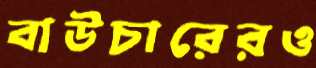
বাউচারেরও